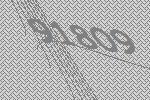
91809